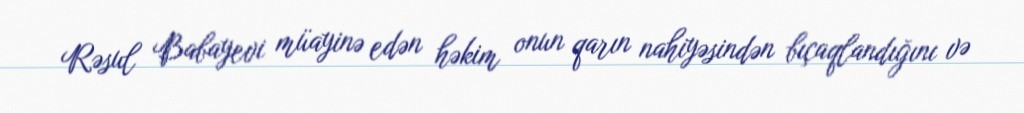
Rəsul Babayevi müayinə edən həkim onun qarın nahiyəsindən bıçaqlandığını və